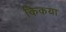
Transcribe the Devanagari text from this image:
किकया